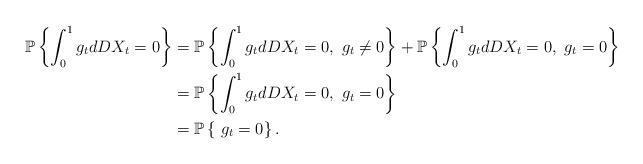
LaTeX: \begin{align*}\mathbb{P}\left\{ \int_{0}^{1}g_tdDX_t=0 \right\}&=\mathbb{P}\left\{ \int_{0}^{1}g_tdDX_t=0,\ g_t\neq 0 \right\}+\mathbb{P}\left\{ \int_{0}^{1}g_tdDX_t=0,\ g_t=0 \right\} \\ &=\mathbb{P}\left\{ \int_{0}^{1}g_tdDX_t=0,\ g_t=0 \right\}\\ &=\mathbb{P}\left\{ \ g_t=0 \right\}. \end{align*}